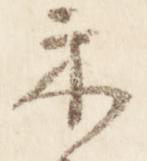
示